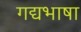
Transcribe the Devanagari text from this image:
गद्यभाषा